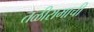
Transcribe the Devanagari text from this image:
तळीरामाची